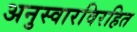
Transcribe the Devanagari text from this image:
अनुस्वारविरहित